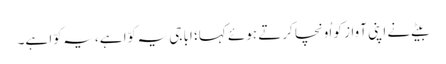
بیٹے نے اپنی آواز کو اُونچا کرتے ہوئے کہا؛ ابا جی یہ کوّا ہے، یہ کوّا ہے۔